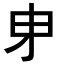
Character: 𭺽